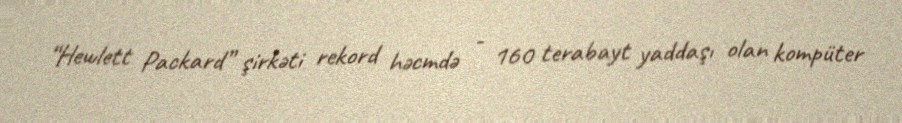
“Hewlett Packard” şirkəti rekord həcmdə - 160 terabayt yaddaşı olan kompüter